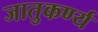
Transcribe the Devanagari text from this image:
जातुकर्ण्य